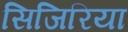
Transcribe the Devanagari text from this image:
सिजिरिया